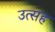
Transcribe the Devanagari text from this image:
उत्सह